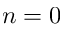
n = 0